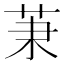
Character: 𦮵